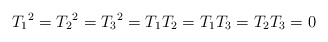
\begin{align*}{T_1}^2 = {T_2}^2 = {T_3}^2 = T_1 T_2 = T_1 T_3 = T_2 T_3 = 0\end{align*}